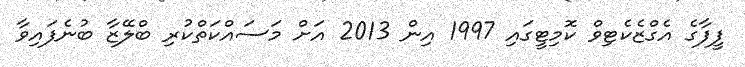
ފީފާގެ އެގްޒެކެޓިވް ކޮމިޓީގައި 1997 އިން 2013 އަށް މަސައްކަތްކުރި ބްލޭޒާ ބުނެފައިވާ